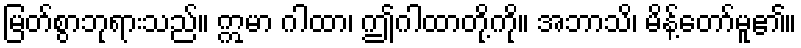
မြတ်စွာဘုရားသည်။ ဣမာ ဂါထာ၊ ဤဂါထာတို့ကို။ အဘာသိ၊ မိန့်တော်မူ၏။